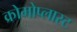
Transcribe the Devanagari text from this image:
क्रोमोप्लास्ट